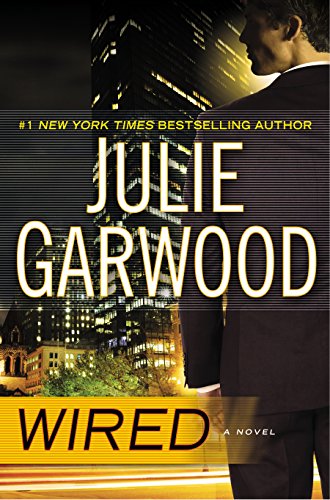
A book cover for Wired (Buchanan/Fbi); Julie Garwood; Romance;